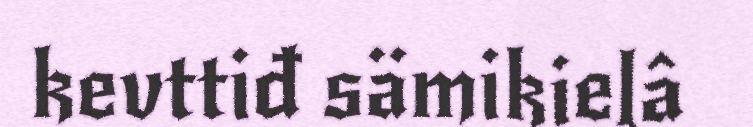
kevttiđ sämikielâ